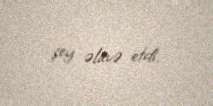
şey əlavə etdi.